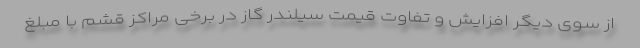
از سوی دیگر افزایش و تفاوت قیمت سیلندر گاز در برخی مراکز قشم با مبلغ